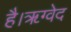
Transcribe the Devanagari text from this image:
है।ॠग्वेद